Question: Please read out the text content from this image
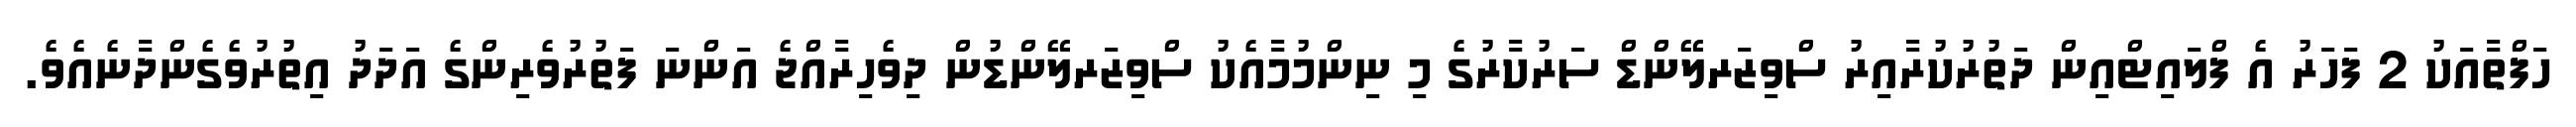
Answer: ހަފްތާއަކު 2 ފަހަރު އެ ފްލައިޓްއިން ދަތުރުކުރާއިރު ސްވިޒަރލޭންޑް ސަރުކާރުގެ މި ނިންމުމާއެކު ސްވިޒަރލޭންޑުން ދިވެހިރާއްޖެ އަންނަ ފަތުރުވެރިންގެ އަދަދު އިތުރުވެގެންދާނެއެވެ.